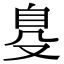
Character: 𦤂